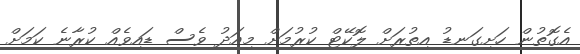
އެގޮތުން ހަށިގަނޑު އިތުރަށް ލޮކޭޓް ކުރުމަށް މިއަދު ވެސް ޑައިވެއް ކުރާނެ ކަމަށް